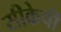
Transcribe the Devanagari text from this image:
सीकेपी